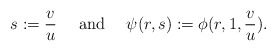
\begin{align*}s:=\frac{v}{u}\ \ \ \ \textrm{and} \ \ \ \ \psi(r,s):=\phi(r,1,\frac{v}{u}).\end{align*}